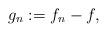
LaTeX: \begin{align*} g_n:=f_n-f, \end{align*}